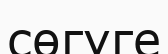
сөгуге